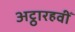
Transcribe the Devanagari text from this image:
अट्ठारहवीँ